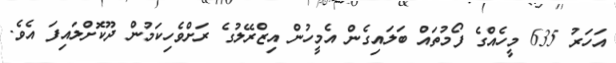
އަހަރު 635 މީހެއްގެ ފޯމުތައް ބަލައިގެން އެމީހުން އިޒްރޭލުގެ ރަށްވެހިކަމުން ދޫކޮށްލައިފަ އެވެ.